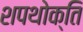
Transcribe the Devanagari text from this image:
शपथोक्ति